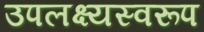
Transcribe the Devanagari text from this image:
उपलक्ष्यस्वरूप